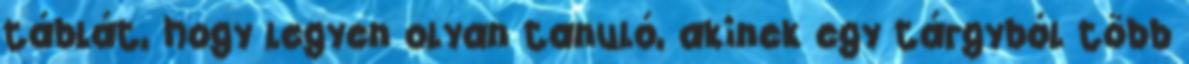
táblát, hogy legyen olyan tanuló, akinek egy tárgyból több